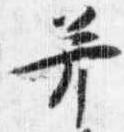
并